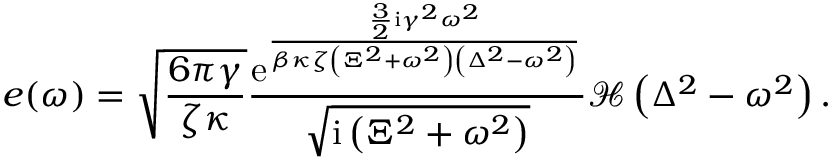
e ( \omega ) = \sqrt { \frac { 6 \pi \gamma } { \zeta \kappa } } \frac { { \mathrm e } ^ { \frac { \frac { 3 } { 2 } \mathrm { i } \gamma ^ { 2 } \omega ^ { 2 } } { \beta \kappa \zeta \left( \Xi ^ { 2 } + \omega ^ { 2 } \right) \left( \Delta ^ { 2 } - \omega ^ { 2 } \right) } } } { \sqrt { \mathrm { i } \left( \Xi ^ { 2 } + \omega ^ { 2 } \right) } } \mathcal { H } \left( \Delta ^ { 2 } - \omega ^ { 2 } \right) .